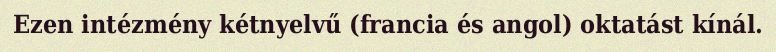
Ezen intézmény kétnyelvű (francia és angol) oktatást kínál.